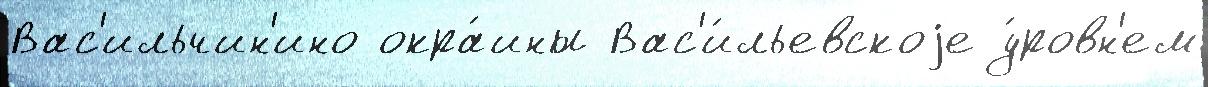
Вас'ильчин'ино окра́ины Вас'и́льевскоjе у́ровн'ем